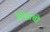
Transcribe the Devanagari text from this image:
ग्रेनेडाची